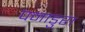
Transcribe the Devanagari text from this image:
पनाडुरा